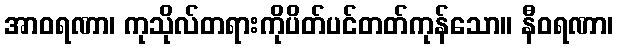
အာဝရဏာ၊ ကုသိုလ်တရားကိုပိတ်ပင်တတ်ကုန်သော။ နီဝရဏာ၊